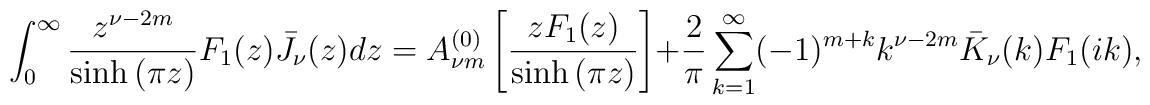
\int_{0}^{\infty}{\frac{z^{\nu -2m}}{\sinh{(\pi z)}}F_1(z)\bar J_\nu (z)dz}=A_{\nu m}^{(0)}\left[ \frac{zF_1(z)}{\sinh{(\pi z)}}\right] +\frac{2}{\pi}\sum_{k=1}^{\infty}(-1)^{m+k}k^{\nu -2m}\bar K_{\nu }(k)F_1(ik),